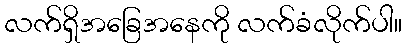
လက်ရှိအခြေအနေကို လက်ခံလိုက်ပါ။